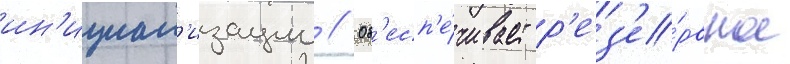
ин'ициал'изации // Об'есп'е́чивает р'ез'е́рвное